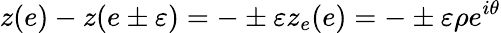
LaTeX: z(e)-z(e\pm\varepsilon)=-\pm\varepsilon z_{e}(e)=-\pm\varepsilon\rho e^{i\theta}